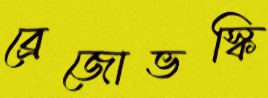
ব্রেজোভস্কি